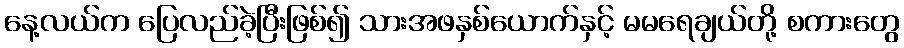
နေ့လယ်က ပြေလည်ခဲ့ပြီးဖြစ်၍ သားအဖနှစ်ယောက်နှင့် မမရေချယ်တို့ စကားတွေ